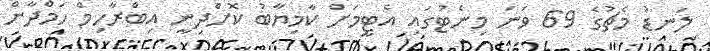
ލަނޑު މެޗުގެ 69 ވަނަ މިނެޓުގައި އެޓީމަށް ކާމިޔާބު ކޮށްދިނީ އިބްރާހިމް ހަމްދާން